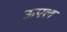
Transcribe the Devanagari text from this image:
ऊएल